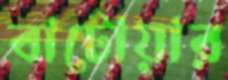
বাটোয়ার